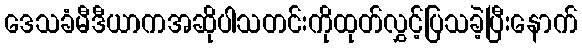
ဒေသခံမီဒီယာကအဆိုပါသတင်းကိုထုတ်လွှင့်ပြသခဲ့ပြီးနောက်